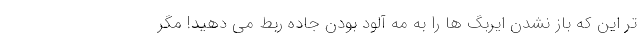
تر این که باز نشدن ایربگ ها را به مه آلود بودن جاده ربط می دهید! مگر